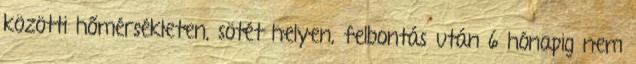
közötti hőmérsékleten, sötét helyen, felbontás után 6 hónapig nem